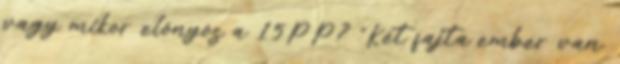
vagy mikor előnyös a 15PP? "Két fajta ember van.